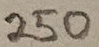
Text: 250